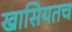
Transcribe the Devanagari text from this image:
खासियतच